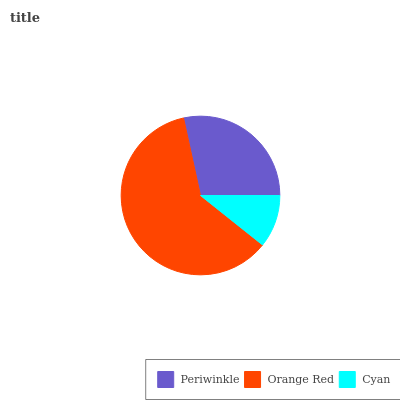
| Periwinkle | Orange Red | Cyan |
 | --- | --- | --- |
 | 28.5% | 60.8% | 10.7% |